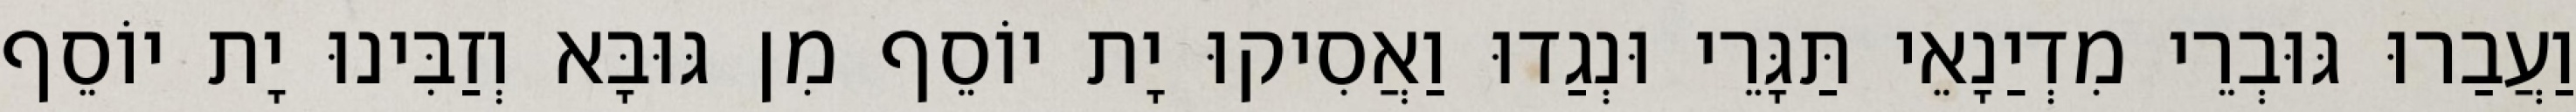
וַעֲבַרוּ גּוּבְרֵי מִדְיַנָאֵי תַּגָּרֵי וּנְגַדוּ וַאֲסִיקוּ יָת יוֹסֵף מִן גּוּבָּא וְזַבִּינוּ יָת יוֹסֵף